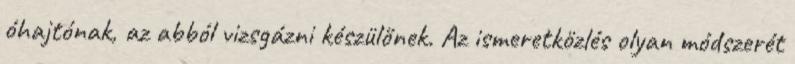
óhajtónak, az abból vizsgázni készülőnek. Az ismeretközlés olyan módszerét